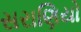
સરાણિયો